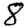
Digit: 8